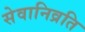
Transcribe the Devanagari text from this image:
सेवानिव्रति